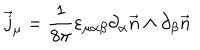
\vec { j } _ { \mu } = \frac { 1 } { 8 \pi } \varepsilon _ { \mu \alpha \beta } \partial _ { \alpha } \vec { n } \wedge \partial _ { \beta } \vec { n }